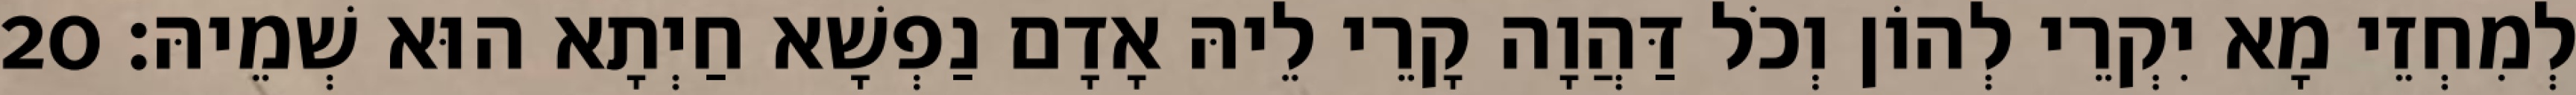
לְמִחְזֵי מָא יִקְרֵי לְהוֹן וְכֹל דַּהֲוָה קָרֵי לֵיהּ אָדָם נַפְשָׁא חַיְתָא הוּא שְׁמֵיהּ׃ 20